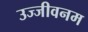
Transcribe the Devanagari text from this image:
उज्जीवनम